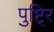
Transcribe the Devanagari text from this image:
पुष्टि्र